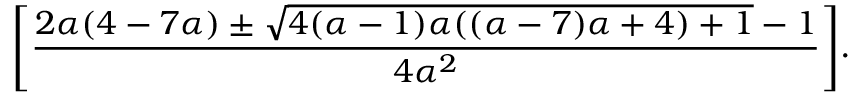
\Bigg [ \frac { 2 \alpha ( 4 - 7 \alpha ) \pm \sqrt { 4 ( \alpha - 1 ) \alpha ( ( \alpha - 7 ) \alpha + 4 ) + 1 } - 1 } { 4 \alpha ^ { 2 } } \Bigg ] .